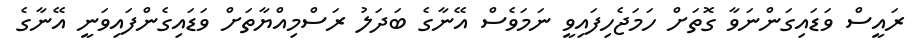
ރައީސް ވަޑައިގަންނަވާ ގޮތަށް ހަމަޖެހިފައިވީ ނަމަވެސް އޭނާގެ ބަދަލު ރަސްމިއްޔާތަށް ވަޑައިގެންފައިވަނީ އޭނާގެ